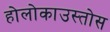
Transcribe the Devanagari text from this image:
होलोकाउस्तोस